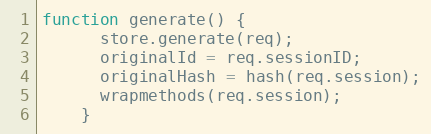
Language: JavaScript
function generate() {
      store.generate(req);
      originalId = req.sessionID;
      originalHash = hash(req.session);
      wrapmethods(req.session);
    }